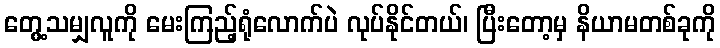
တွေ့သမျှလူကို မေးကြည့်ရုံလောက်ပဲ လုပ်နိုင်တယ်၊ ပြီးတော့မှ နိယာမတစ်ခုကို